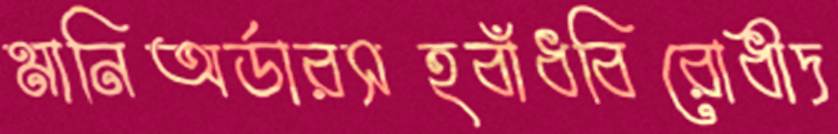
মানিঅর্ডারসহবাঁধবিরোধীদ